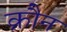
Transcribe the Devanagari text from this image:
क्रौन